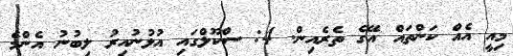
މިއީ އެއް ކަންތައް އޭގެ ތެރެއިން. 4: ސްކޫލްގައި އުޅުނުއިރު ލިބުނު އެންމެ